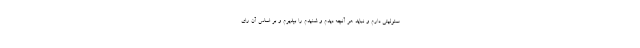
سئولیتی دارم و نباید هر آنچه دیدم و شنیدم را بپذیرم و بر اساس آن رای